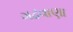
ગઢવાણા